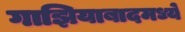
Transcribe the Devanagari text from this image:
गाझियाबादमध्ये